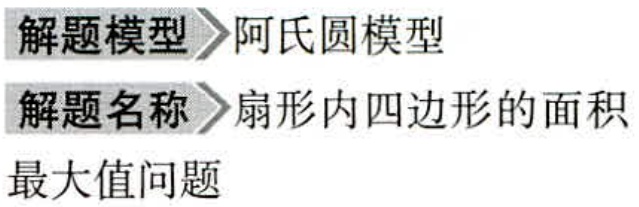
\begin{description}

\item[解题模型] 阿氏圆模型

\item[解题名称] 扇形内四边形的面积最大值问题

\end{description}